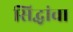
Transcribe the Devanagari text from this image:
सिद्धांचा